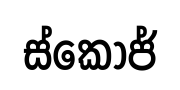
ස්කෝජ්